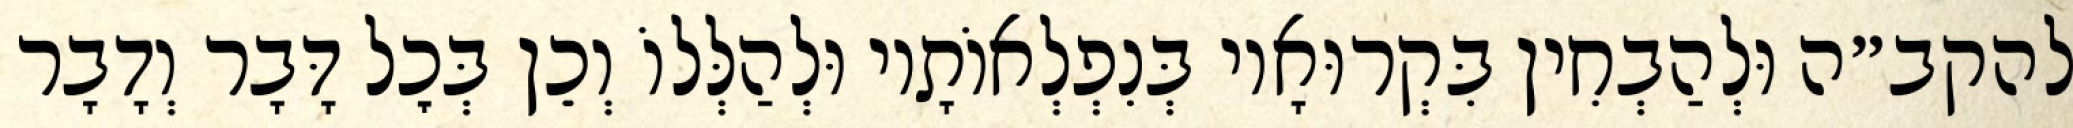
להקב״ה וּלְהַבְחִין בִּקְרוּאָיו בְּנִפְלְאוֹתָיו וּלְהַלְּלוֹ וְכֵן בְּכׇל דָּבָר וְדָבָר